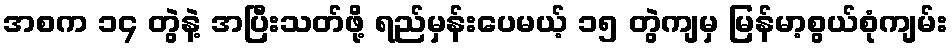
အစက ၁၄ တွဲနဲ့ အပြီးသတ်ဖို့ ရည်မှန်းပေမယ့် ၁၅ တွဲကျမှ မြန်မာ့စွယ်စုံကျမ်း